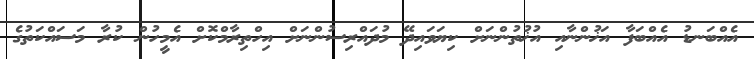
އެއްބަނޑު އެއްބަފާ އަޚުންނާއި އުޚުތުންނަށް ކިޔަވައިދޭ މުދައްރިސުންނަށް އިހްތިރާމްކޮށް އެމީހުން ކުރާ މަސައްކަތުގެ